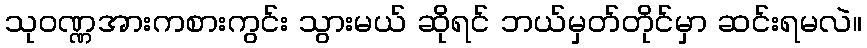
သုဝဏ္ဏအားကစားကွင်း သွားမယ် ဆိုရင် ဘယ်မှတ်တိုင်မှာ ဆင်းရမလဲ။